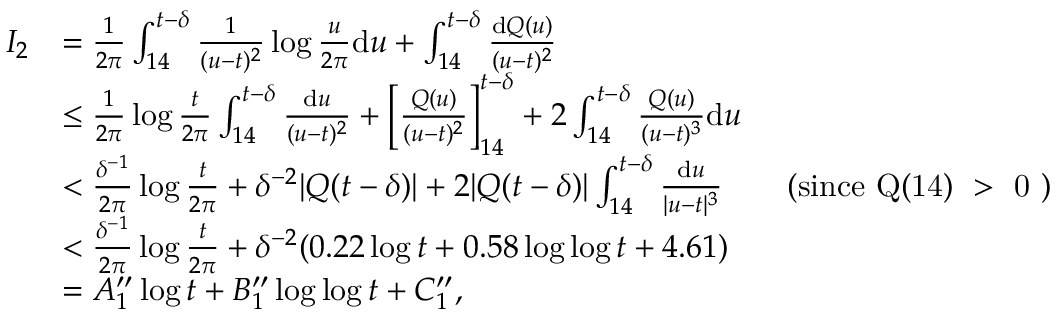
\begin{array} { r l } { I _ { 2 } } & { = \frac { 1 } { 2 \pi } \int _ { 1 4 } ^ { t - \delta } \frac { 1 } { ( u - t ) ^ { 2 } } \log \frac { u } { 2 \pi } \mathrm { d } u + \int _ { 1 4 } ^ { t - \delta } \frac { \mathrm { d } Q ( u ) } { ( u - t ) ^ { 2 } } } \\ & { \le \frac { 1 } { 2 \pi } \log \frac { t } { 2 \pi } \int _ { 1 4 } ^ { t - \delta } \frac { \mathrm { d } u } { ( u - t ) ^ { 2 } } + \left[ \frac { Q ( u ) } { ( u - t ) ^ { 2 } } \right] _ { 1 4 } ^ { t - \delta } + 2 \int _ { 1 4 } ^ { t - \delta } \frac { Q ( u ) } { ( u - t ) ^ { 3 } } \mathrm { d } u } \\ & { < \frac { \delta ^ { - 1 } } { 2 \pi } \log \frac { t } { 2 \pi } + \delta ^ { - 2 } | Q ( t - \delta ) | + 2 | Q ( t - \delta ) | \int _ { 1 4 } ^ { t - \delta } \frac { \mathrm { d } u } { | u - t | ^ { 3 } } \qquad \mathrm { ( s i n c e ~ Q ( 1 4 ) ~ > ~ 0 ~ ) } } \\ & { < \frac { \delta ^ { - 1 } } { 2 \pi } \log \frac { t } { 2 \pi } + \delta ^ { - 2 } ( 0 . 2 2 \log t + 0 . 5 8 \log \log t + 4 . 6 1 ) } \\ & { = A _ { 1 } ^ { \prime \prime } \log t + B _ { 1 } ^ { \prime \prime } \log \log t + C _ { 1 } ^ { \prime \prime } , } \end{array}